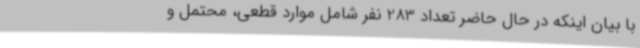
با بیان اینکه در حال حاضر تعداد 283 نفر شامل موارد قطعی، محتمل و